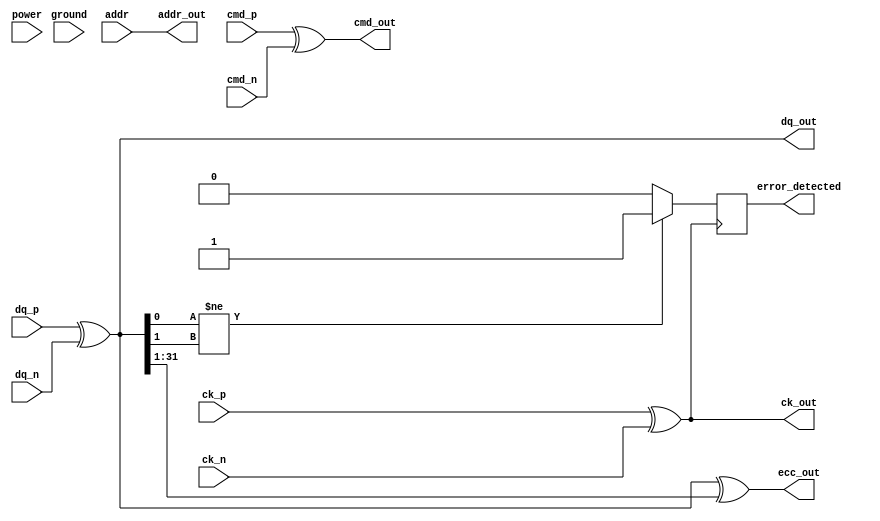
module gddr6_io_block (
    // Input/Output Pins
    input  wire [31:0] dq_p,         // Data lines positive
    input  wire [31:0] dq_n,         // Data lines negative
    input  wire cmd_p,               // Command lines positive
    input  wire cmd_n,               // Command lines negative
    input  wire ck_p,                // Clock input positive
    input  wire ck_n,                // Clock input negative
    input  wire [15:0] addr,         // Address lines
    input  wire power,                // Power supply
    input  wire ground,               // Ground connection
    output wire [31:0] dq_out,       // Data output
    output wire cmd_out,             // Command output
    output wire ck_out,              // Clock output
    output wire [15:0] addr_out,     // Address output
    output wire error_detected,       // Error detection signal
    output wire [31:0] ecc_out        // ECC output
);

    // Internal signals
    wire [31:0] dq_buf;              // Buffered data lines
    wire cmd_buf;                    // Buffered command line
    wire ck_buf;                     // Buffered clock line
    wire [15:0] addr_buf;            // Buffered address lines
    wire [31:0] ecc;                 // ECC signals
    reg [31:0] data_reg;             // Data register
    reg error_flag;                  // Error flag for ECC

    // Differential signaling buffers
    assign dq_buf = dq_p ^ dq_n;    // Simple XOR for differential data
    assign cmd_buf = cmd_p ^ cmd_n;  // Simple XOR for differential command
    assign ck_buf = ck_p ^ ck_n;     // Simple XOR for differential clock

    // Data output assignment
    assign dq_out = dq_buf;
    assign cmd_out = cmd_buf;
    assign ck_out = ck_buf;
    assign addr_out = addr;

    // Error detection and correction (simplified)
    always @(posedge ck_buf) begin
        // Simple error detection logic (placeholder)
        if (dq_buf[0] != dq_buf[1]) begin
            error_flag <= 1'b1; // Error detected
        end else begin
            error_flag <= 1'b0; // No error
        end
    end

    assign error_detected = error_flag;

    // ECC generation (placeholder)
    assign ecc = dq_buf ^ (dq_buf >> 1); // Simple parity-based ECC
    assign ecc_out = ecc;

    // Power management (placeholder)
    always @(posedge power) begin
        // Implement power gating logic here
    end

    // Additional features such as calibration, timing control, etc. can be added here

endmodule